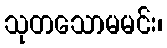
သုတသောမမင်း၊